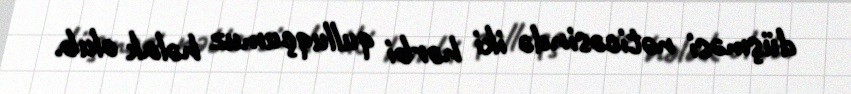
düşməsi nəticəsində iki hərbi qulluqçumuz həlak olub.